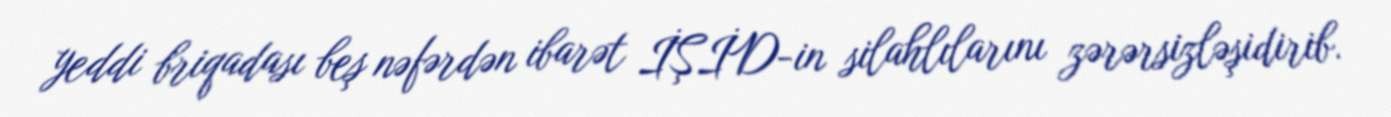
yeddi briqadası beş nəfərdən ibarət İŞİD-in silahlılarını zərərsizləşidirib.